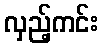
လှည့်ကင်း